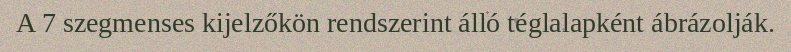
A 7 szegmenses kijelzőkön rendszerint álló téglalapként ábrázolják.